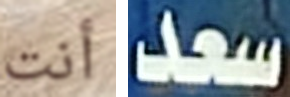
أنت سعد